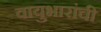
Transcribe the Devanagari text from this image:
वायुभारांची